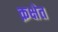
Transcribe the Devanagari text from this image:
क़क्षेत